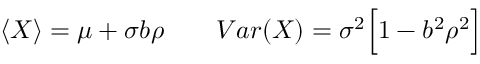
\begin{array} { r } { \langle X \rangle = \mu + \sigma b \rho \quad \quad V a r ( X ) = \sigma ^ { 2 } \Bigl [ 1 - b ^ { 2 } \rho ^ { 2 } \Bigr ] } \end{array}